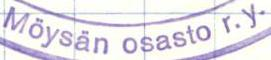
Möysän osasto r.y.